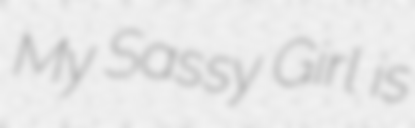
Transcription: My Sassy Girl is